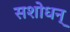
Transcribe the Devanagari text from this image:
सशोधन्